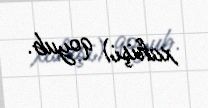
xahişi) qoyub.